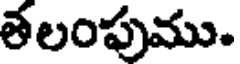
తలంపుము.